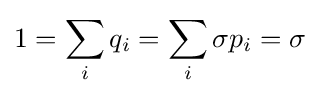
1=\sum _{i}q_{i}=\sum _{i}\sigma p_{i}=\sigma